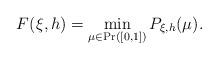
LaTeX: \begin{align*}F(\xi,h)=\min_{\mu\in\Pr([0,1])}P_{\xi,h}(\mu).\end{align*}